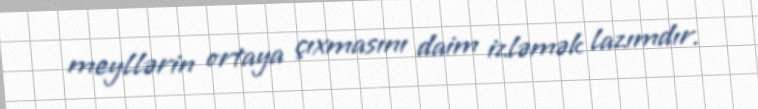
meyllərin ortaya çıxmasını daim izləmək lazımdır.